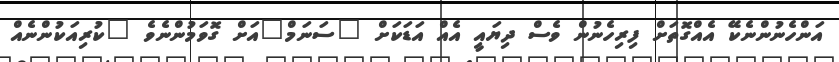
އަންހެނުންނެކޭ އެއްގޮތަށް ފިރިހެނުން ވެސް ދިޔައީ އެއް އަޑަކަށް "ސަނަމް"އަށް ގޮވަމުންނެވެ "ކުރިއަކުންނެއް